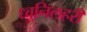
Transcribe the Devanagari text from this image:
ध्वनिलहरी